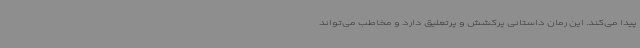
پیدا می‌کند. این رمان داستانی پرکشش و پرتعلیق دارد و مخاطب می‌تواند